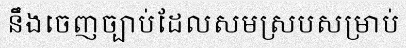
នឹងចេញច្បាប់ដែលសមស្របសម្រាប់